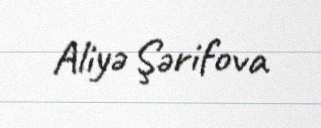
Aliyə Şərifova